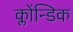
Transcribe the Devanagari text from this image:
क्लोंन्डिक